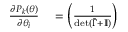
\begin{array} { r l } { \frac { \partial P _ { k } ( \boldsymbol { \theta } ) } { \partial \theta _ { i } } } & { { } = \left( \frac { 1 } { \operatorname* { d e t } ( \tilde { \Gamma } + \mathbb { I } ) } \right) } \end{array}